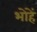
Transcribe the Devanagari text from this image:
भोहें